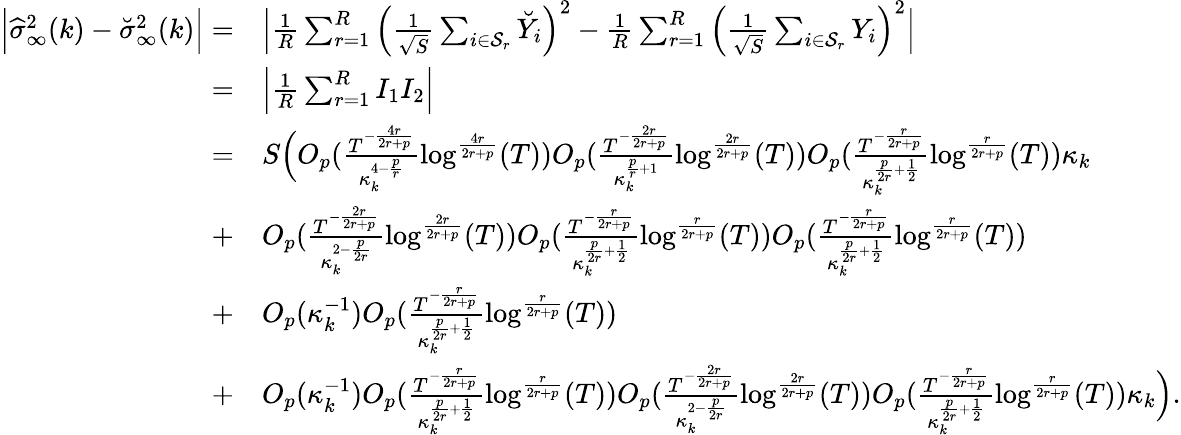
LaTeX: \begin{array}{rl}{\Big|\widehat{\sigma}_{\infty}^{2}(k)-\breve{\sigma}_{\infty}^{2}(k)\Big|=}&{\Big|\frac{1}{R}\sum_{r=1}^{R}\Big(\frac{1}{\sqrt{S}}\sum_{i\in{\mathcal{S}_{r}}}\breve{Y}_{i}\Big)^{2}-\frac{1}{R}\sum_{r=1}^{R}\Big(\frac{1}{\sqrt{S}}\sum_{i\in{\mathcal{S}_{r}}}Y_{i}\Big)^{2}\Big|}\\ {=}&{\Big|\frac{1}{R}\sum_{r=1}^{R}I_{1}I_{2}\Big|}\\ {=}&{S\Big(O_{p}(\frac{T^{-\frac{4r}{2r+p}}}{\kappa_{k}^{4-\frac{p}{r}}}\log^{\frac{4r}{2r+p}}(T))O_{p}(\frac{T^{-\frac{2r}{2r+p}}}{\kappa_{k}^{\frac{p}{r}+1}}\log^{\frac{2r}{2r+p}}(T))O_{p}(\frac{T^{-\frac{r}{2r+p}}}{\kappa_{k}^{\frac{p}{2r}+\frac{1}{2}}}\log^{\frac{r}{2r+p}}(T))\kappa_{k}}\\ {+}&{O_{p}(\frac{T^{-\frac{2r}{2r+p}}}{\kappa_{k}^{2-\frac{p}{2r}}}\log^{\frac{2r}{2r+p}}(T))O_{p}(\frac{T^{-\frac{r}{2r+p}}}{\kappa_{k}^{\frac{p}{2r}+\frac{1}{2}}}\log^{\frac{r}{2r+p}}(T))O_{p}(\frac{T^{-\frac{r}{2r+p}}}{\kappa_{k}^{\frac{p}{2r}+\frac{1}{2}}}\log^{\frac{r}{2r+p}}(T))}\\ {+}&{O_{p}(\kappa_{k}^{-1})O_{p}(\frac{T^{-\frac{r}{2r+p}}}{\kappa_{k}^{\frac{p}{2r}+\frac{1}{2}}}\log^{\frac{r}{2r+p}}(T))}\\ {+}&{O_{p}(\kappa_{k}^{-1})O_{p}(\frac{T^{-\frac{r}{2r+p}}}{\kappa_{k}^{\frac{p}{2r}+\frac{1}{2}}}\log^{\frac{r}{2r+p}}(T))O_{p}(\frac{T^{-\frac{2r}{2r+p}}}{\kappa_{k}^{2-\frac{p}{2r}}}\log^{\frac{2r}{2r+p}}(T))O_{p}(\frac{T^{-\frac{r}{2r+p}}}{\kappa_{k}^{\frac{p}{2r}+\frac{1}{2}}}\log^{\frac{r}{2r+p}}(T))\kappa_{k}\Big).}\end{array}